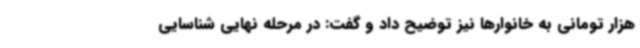
هزار تومانی به خانوارها نیز توضیح داد و گفت: در مرحله نهایی شناسایی